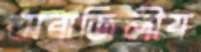
অব্রাজিলীয়